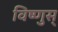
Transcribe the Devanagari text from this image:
विष्णुस्